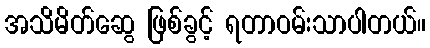
အသိမိတ်ဆွေ ဖြစ်ခွင့် ရတာဝမ်းသာပါတယ်။